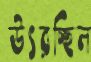
উৎরচ্ছিল